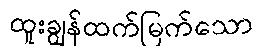
ထူးချွန်ထက်မြက်သော